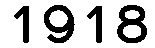
1918